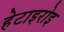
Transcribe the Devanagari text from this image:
हेटाइरोइ